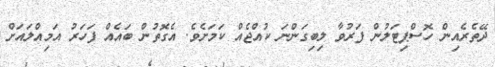
ދޭތެރެއިން ހޮސްޕިޓަލުން ފަރުވާ ލިބިގަންނަ ކުއްޖެއް ކަމަށެވެ. އެގޮތުން ބައެއް ފަހަރު އަމިއްލައަށް